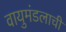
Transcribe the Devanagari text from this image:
वायुमंडलाची